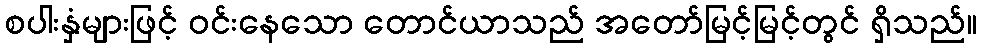
စပါးနှံများဖြင့် ဝင်းနေသော တောင်ယာသည် အတော်မြင့်မြင့်တွင် ရှိသည်။